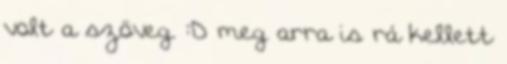
volt a szöveg. :D meg arra is rá kellett